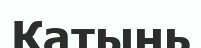
Катынь